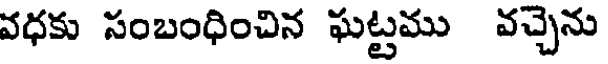
వధకు సంబంధించిన ఘట్టము వచ్చెను